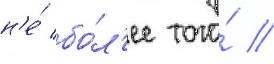
н'е́ бо́л'ее того́ //